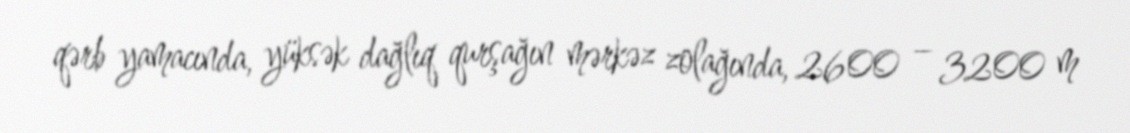
qərb yamacında, yüksək dağlıq qurşağın mərkəz zolağında, 2600 – 3200 m